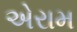
એરામ